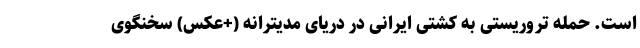
است. حمله تروریستی به کشتی ایرانی در دریای مدیترانه (+عکس) سخنگوی